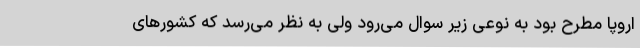
اروپا مطرح بود به نوعی زیر سوال می‌رود ولی به نظر می‌رسد که کشورهای